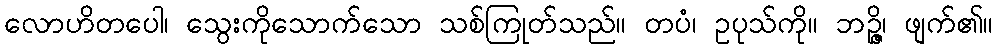
လောဟိတပေါ၊ သွေးကိုသောက်သော သစ်ကြုတ်သည်။ တပံ၊ ဥပုသ်ကို။ ဘဉ္ဇိ၊ ဖျက်၏။